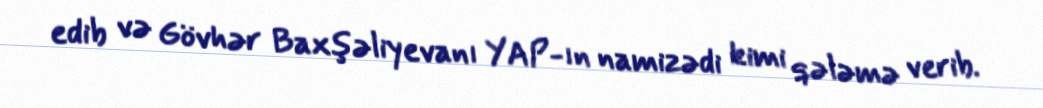
edib və Gövhər Baxşəliyevanı YAP-ın namizədi kimi qələmə verib.